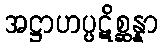
အဋ္ဌာဟပ္ပဋိစ္ဆန္နာ